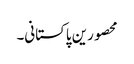
محصورین پاکستانی۔